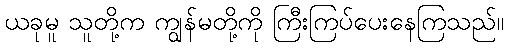
ယခုမူ သူတို့က ကျွန်မတို့ကို ကြီးကြပ်ပေးနေကြသည်။